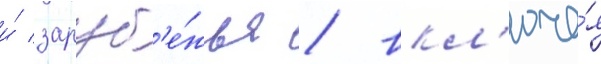
и́ заруб'е́жья / вкл'юча́я